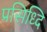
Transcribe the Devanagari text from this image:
प्रसिध्दि